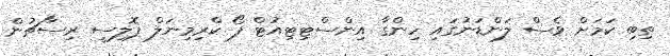
ތިބި ކަމަށް ވެސް ލަންޑަނުގައި ހިންގާ އިންސްޓިޓިއުޓް ފޯ ކްރިމިނަލް ޕޮލިސީ ރިސާޗުން